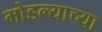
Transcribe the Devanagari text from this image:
मोडल्याच्या